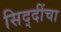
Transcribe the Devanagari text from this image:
सिद्दींचा